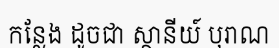
កន្លែង ដូចជា ស្ថានីយ៍ បុរាណ